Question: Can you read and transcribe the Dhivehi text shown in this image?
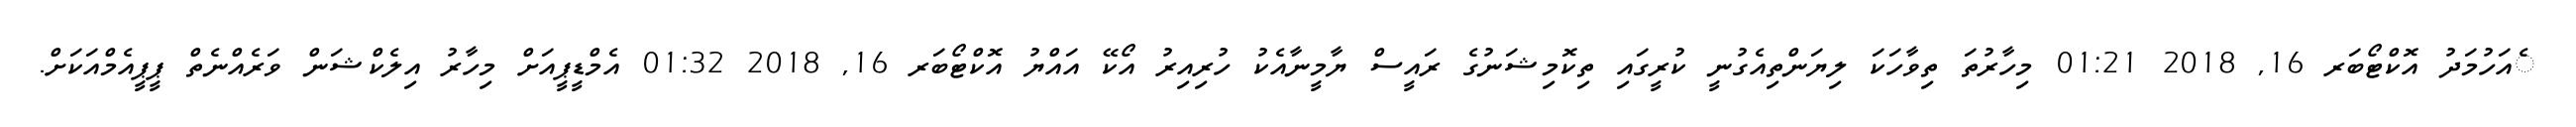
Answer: ެއަހުމަދު އޮކްޓޯބަރ 16, 2018 01:21 މިހާރުތަ ތިވާހަކަ ލިޔަންތިއެގުނީ ކުރީގައި ތިކޮމިޝަނުގެ ރައީސް ޔާމީނާއެކު ހުރިއިރު އޯކޭ އައްޔު އޮކްޓޯބަރ 16, 2018 01:32 އެމްޑީޕީއަށް މިހާރު އިލެކްޝަން ވަރެއްނެތް ޕީޕީއެމްއަކަށް.